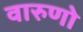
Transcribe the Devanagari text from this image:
वारुणो